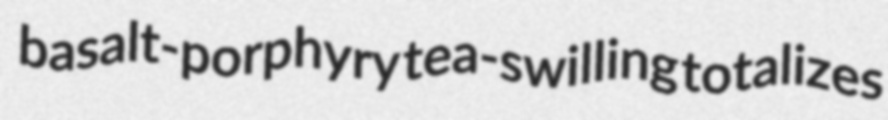
basalt-porphyry tea-swilling totalizes